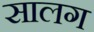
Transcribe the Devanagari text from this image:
सालग